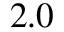
2 . 0